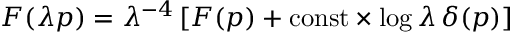
F ( \lambda p ) = \lambda ^ { - 4 } \left[ F ( p ) + \mathrm { c o n s t } \times \log \lambda \, \delta ( p ) \right]